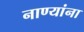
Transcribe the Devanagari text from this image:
नाण्यांना